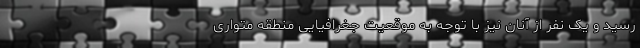
رسید و یک نفر از آنان نیز با توجه به موقعیت جغرافیایی منطقه متواری